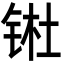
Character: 𬭊